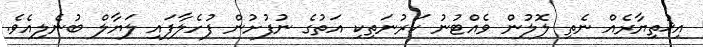
އިޚުތިޔާރެއް ނެތި ލޮލުން ވެއްޓުނު ކަރުނަތިކި އަތުގެ ނުފުށުން ފުހެލާފައި ލަޔާލް ބުނެލިއެވެ.